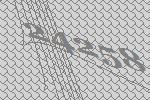
24258